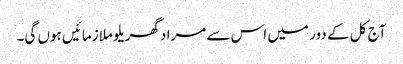
آج کل کے دور میں اس سے مراد گھریلو ملازمائیں ہوں گی۔